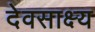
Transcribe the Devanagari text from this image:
देवसाक्ष्य